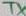
Text: TX